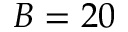
B = 2 0